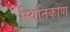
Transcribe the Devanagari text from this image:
स्थितिकोण